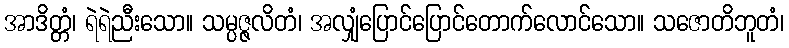
အာဒိတ္တံ၊ ရဲရဲညီးသော။ သမ္ပဇ္ဇလိတံ၊ အလျှံပြောင်ပြောင်တောက်လောင်သော။ သဇောတိဘူတံ၊